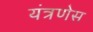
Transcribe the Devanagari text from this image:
यंत्रणेस